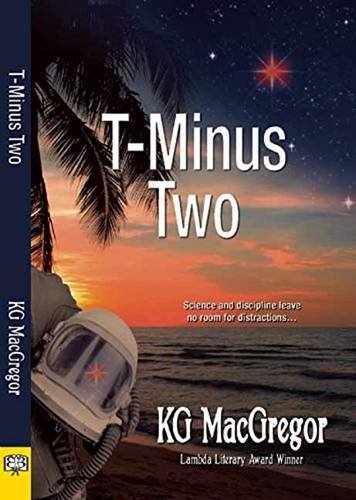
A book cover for T-Minus Two; KG MacGregor; Romance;